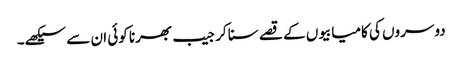
دوسروں کی کامیابیوں کے قصے سنا کر جیب بھرنا کوئی ان سے سیکھے۔